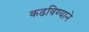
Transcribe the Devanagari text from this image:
कढविण्याने